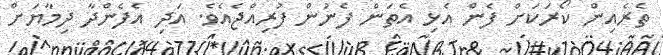
ތެރެއިން ކޯރަކަށް ފެން އެޅި އެތަން ފެނުން ފުރިއްޖެއެވެ. އަދި އެފެންދާ ދިމާޔަށް